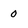
Character: 0